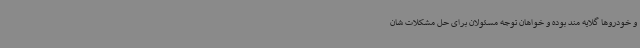
و خودروها گلایه مند بوده و خواهان توجه مسئولان برای حل مشکلات شان